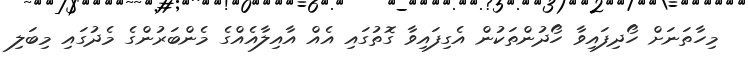
މިހާތަނަށް ހޯދިފައިވާ ހޯދުންތަކުން އެގިފައިވާ ގޮތުގައި އެއް އާއިލާއެއްގެ މެންބަރުންގެ މެދުގައި މިބަލި